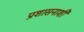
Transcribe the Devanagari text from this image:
प्रशासनाशी